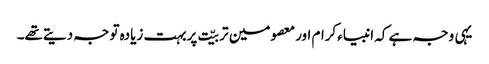
یہی وجہ ہے کہ انبیاءکرام اورمعصومین تربیّت پربہت زیادہ توجہ دیتےتھے۔